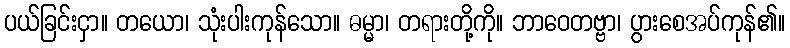
ပယ်ခြင်းငှာ။ တယော၊ သုံးပါးကုန်သော။ ဓမ္မာ၊ တရားတို့ကို။ ဘာဝေတဗ္ဗာ၊ ပွားစေအပ်ကုန်၏။